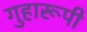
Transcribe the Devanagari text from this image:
गुहारूपी